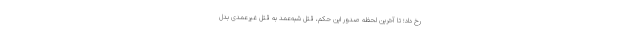
رخ داد؛ تا آخرین لحظه صدور این حکم، قتل شبه‌عمد به قتل غیرعمدی بدل